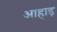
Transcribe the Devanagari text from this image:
आहाड़